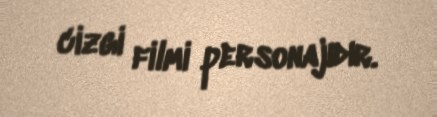
cizgi filmi personajıdır.